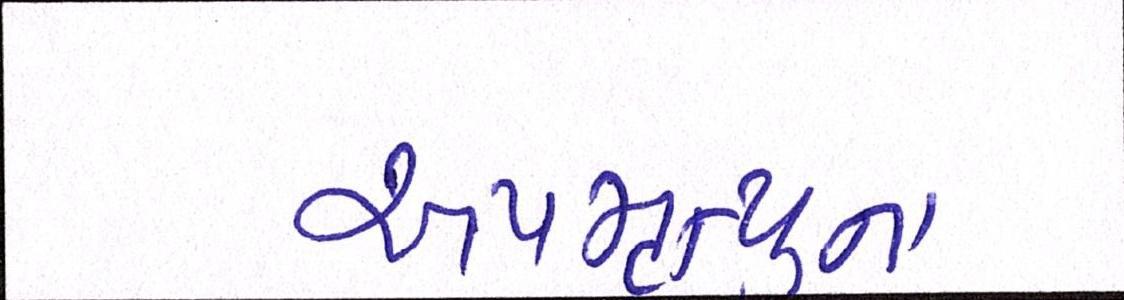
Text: અપમૃત્યુના